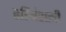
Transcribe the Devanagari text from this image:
हरिवंशाची